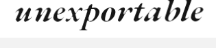
unexportable